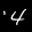
Label: 4